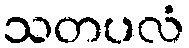
သတပလံ